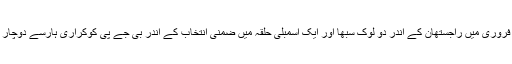
اس سال فروری میں راجستھان کے اندر دو لوک سبھا اور ایک اسمبلی حلقہ میں ضمنی انتخاب کے اندر بی جے پی کوکراری ہار‌سے دوچار ہونا پڑا۔